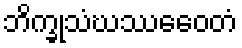
ဘိက္ခုသံဃဿေဝေတံ